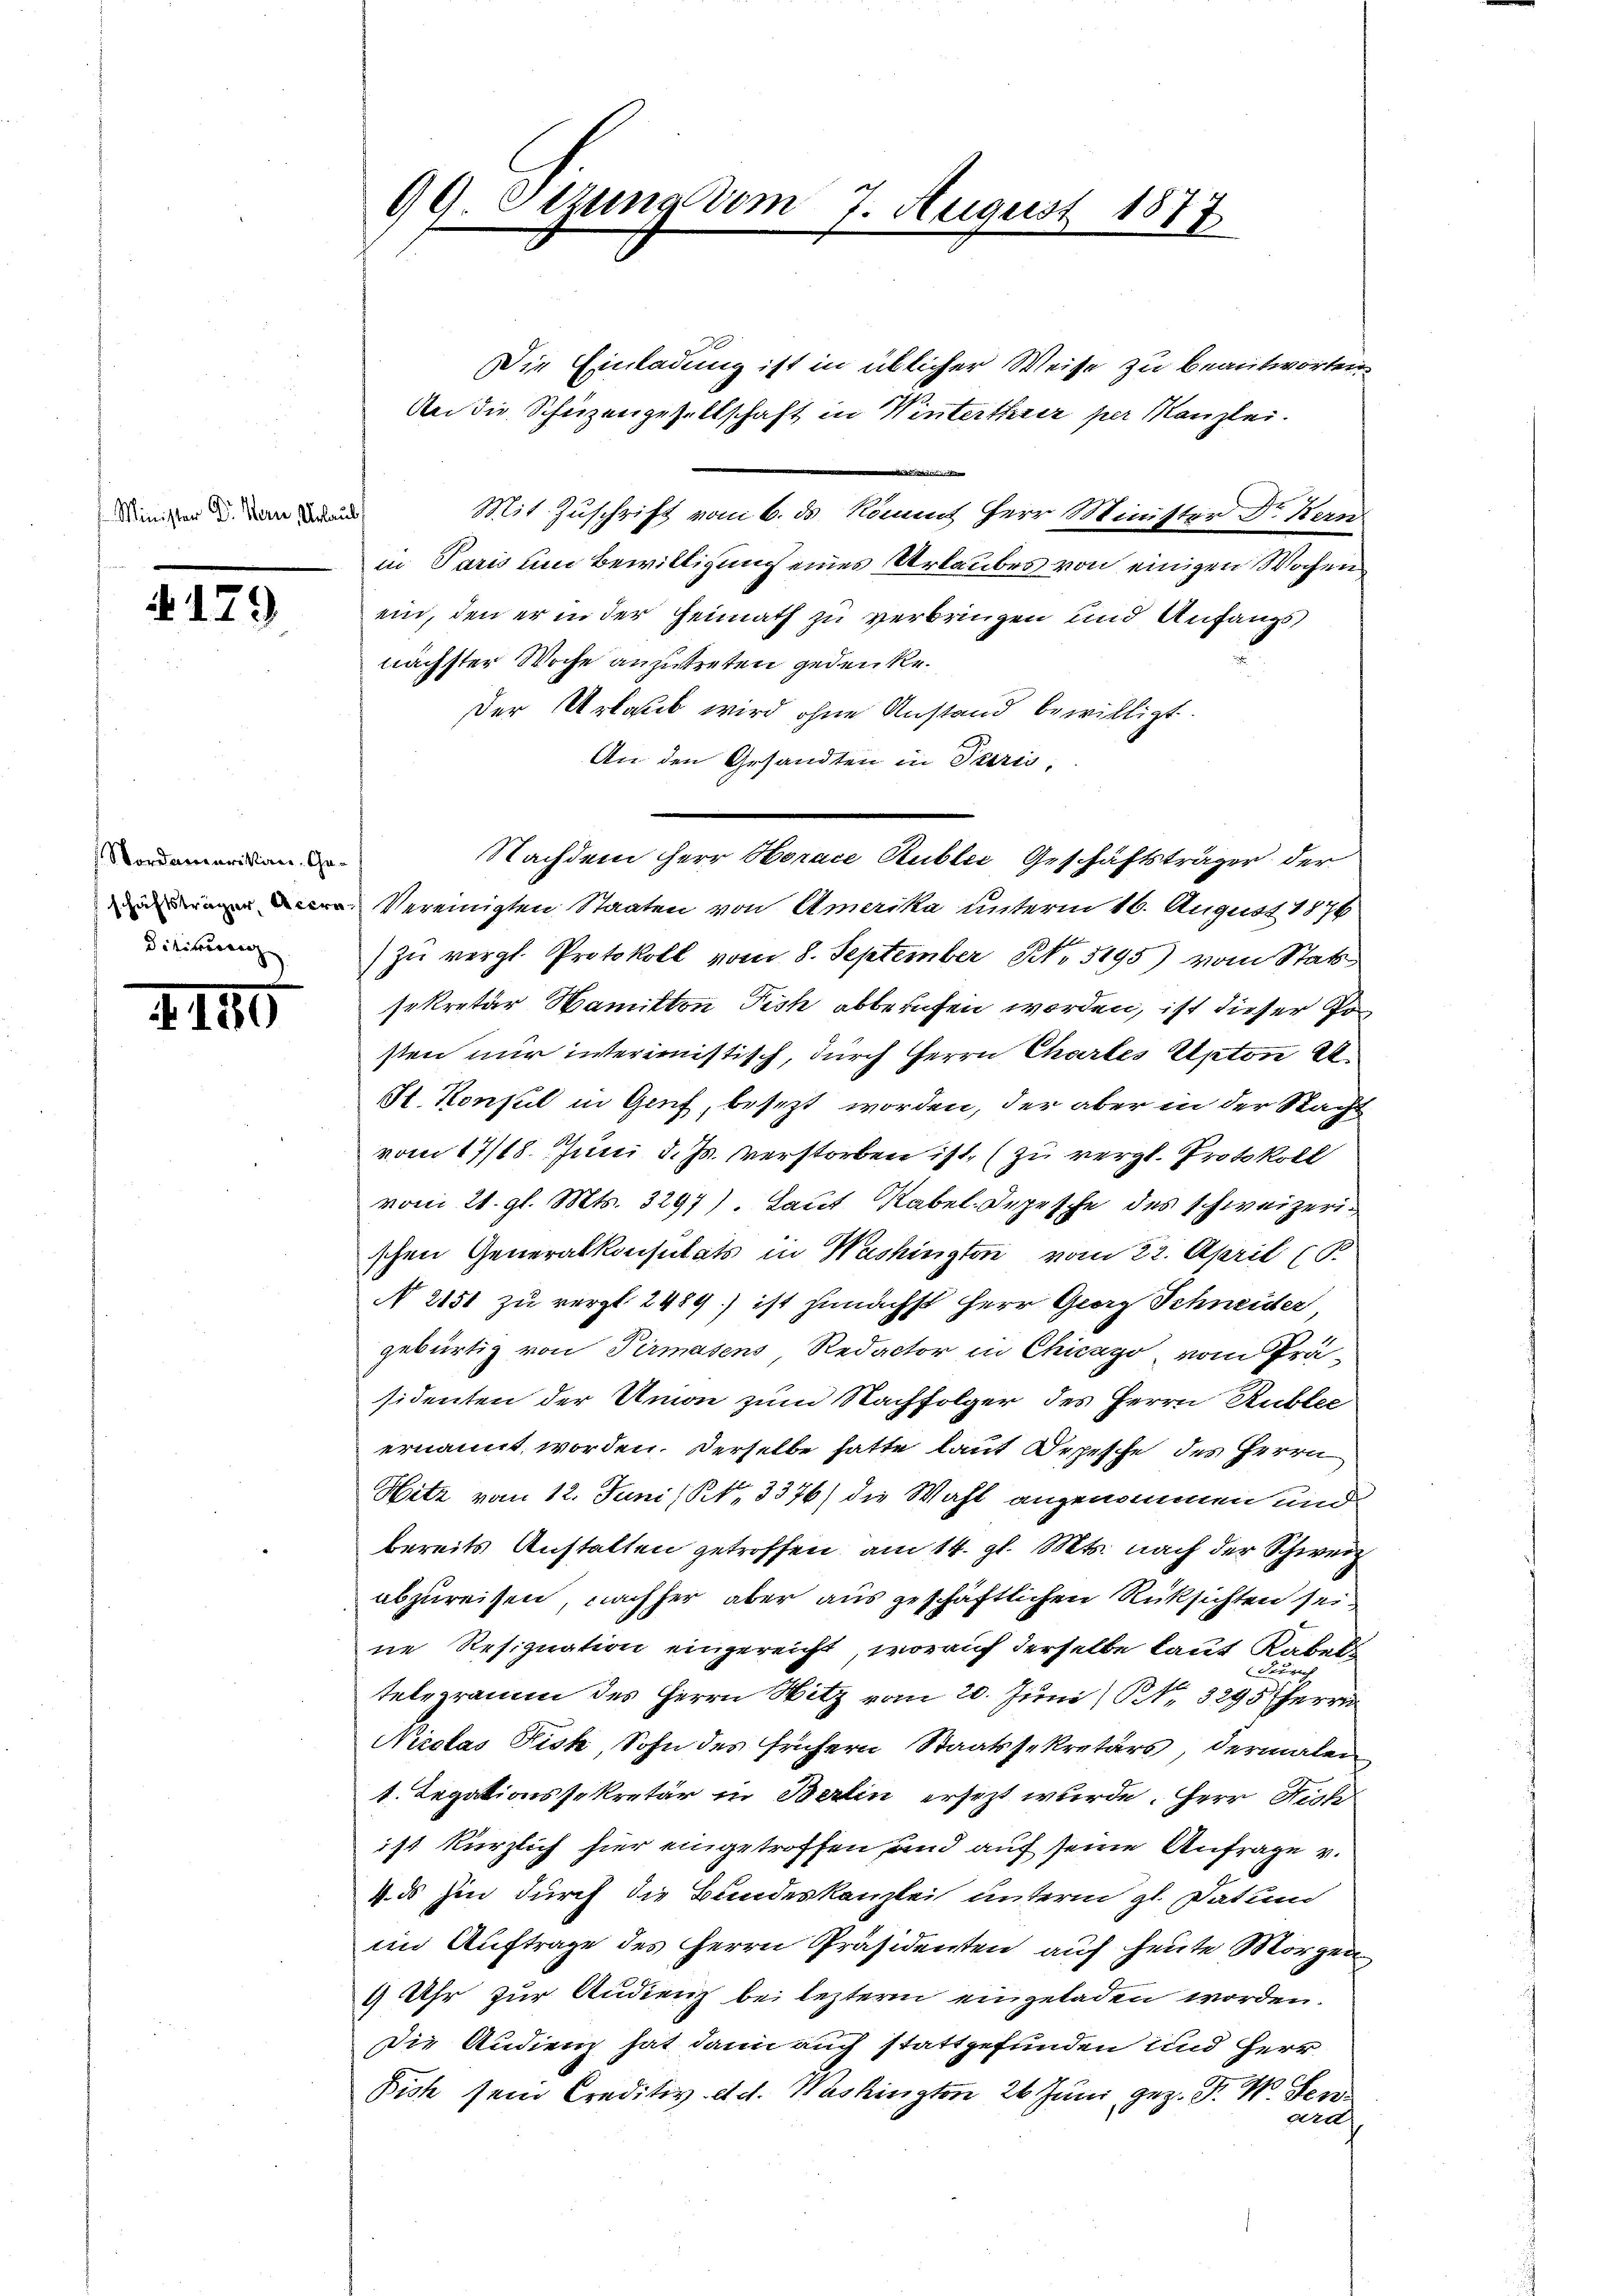
Minister Dr. Bern, Urlaub

4179

Nordamerikan, Geditirung

2.185

99. Otzung vom 7. August 1877

Die Einladung ist in üblicher Weise zu beantworten.
An die Schüzengesellschaft in Winterthair per Kanzlei.
d
Mit Zuschrift vom 6. ds kömmt Herr Minister Dr. Kern
in Paris um Bewilligung eines Urlaubes von einigen Wochen
ein, den er in der Heimath zu verbringen und Anfangs
nächster Woche anzutreten jedenke.
der Urlaub wird ohne Anstand bewilligt.
An den Gesandten in Paris,
Vereinigten Staaten von Amerika unterm 16. August 1876
zu vergl. Protokoll vom 8. September No 5195) vom Stat
sekretär Wamitton Tisch abberufen worden, ist dieser Posten nur interimistisch, durch Herrn Chartes Anton A
St. Konsul in Genf, besezt worden, der aber in der Stacht
vom 17/18. Juni d. Js. verstorben ist, (zu vergl. Protokoll
vom 21. gl. Mts. 3297). Laut Rabel-Depesche des schweizerischen Generalkonsulats in Washington vom 22. April (S.
N 2151 zu verst 2489.) ist zunächst Herr Georg Schneider,
gebürtig von Pirmasens, Redactor in Chicago vom Prä-
sidenten der Amon zum Nachfolger des Herrn Rublec
ernannt worden. Derselbe hatte laut Depesche des Herrn
Hitz vom 12. Juni / NNo. 3376) die Wahl angenommen und
bereits Anstalten getroffen, am 14. gl. Mts. nach der Schweiz
abzureisen, nachher aber aus geschäftlichen Rüksichten sei
ne Resignation eingereicht, worauf derselbe kaut Rabeltelegramm des Herrn Hitz vom 20. Juni / Rt. 3295 herrn
Nicolas Fisk, Sohn des frühern Staatssekretärs, dermalen
1. Legationssekretär in Berlin ersezt wurde. Herr Richist kürzlich hier eingetroffen, und auf seine Anfrage v.
4. ds hin durch die Bundeskanzlei unterm 21. Datum
im Auftrage des Herrn Präsidenten auf heute Morgen
9 Uhr zur Audienz bei lezter eingeladen worden.
Die Audienz hat dann auch stattgefunden und Herr
Bich sein Creditiv d.d. Washington 26 Juni geg. P. M. Her
arh

Nachdem Herr Horace Rubler Geschäftsträger der